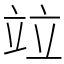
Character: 竝